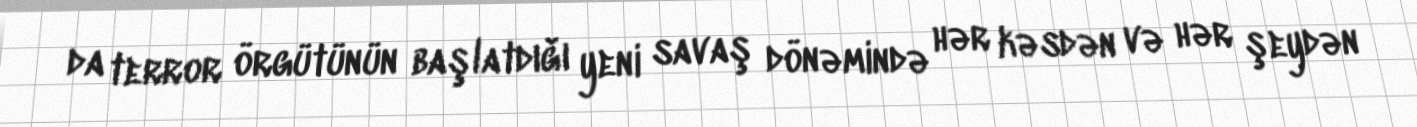
da terror örgütünün başlatdığı yeni savaş dönəmində hər kəsdən və hər şeydən